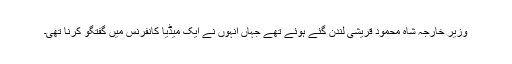
وزیر خارجہ شاہ محمود قریشی لندن گئے ہوئے تھے جہاں انہوں نے ایک میڈیا کانفرنس میں گفتگو کرنا تھی۔